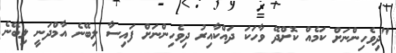
"ދިވެހިންނަށް ކަމެއް ކޮށްދޭ ވާހަކަ ދައްކާއިރު ދިވެހިންނަށް ފައިސާ ލިބޭނެ އާމްދަނީ ލިބޭނެ